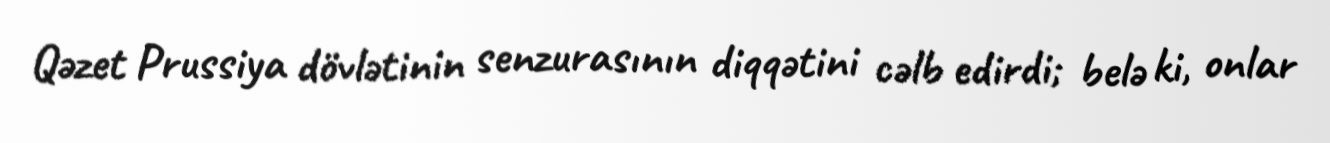
Qəzet Prussiya dövlətinin senzurasının diqqətini cəlb edirdi; belə ki, onlar